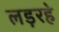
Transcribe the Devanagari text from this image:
लड़रहे